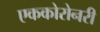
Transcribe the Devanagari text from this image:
एककोरोनरी